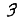
Digit: 3